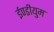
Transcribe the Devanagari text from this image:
ईण्डीयुम